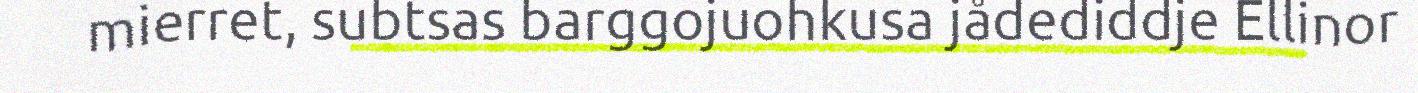
mierret, subtsas barggojuohkusa jådediddje Ellinor